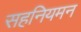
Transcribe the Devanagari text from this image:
सहनियमन